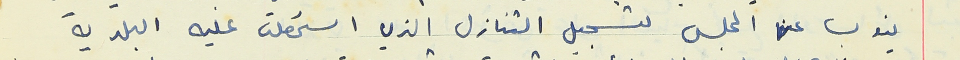
ينوب عن المجلس لتسجيل التنازل الذي استحصلت عليه البلدية